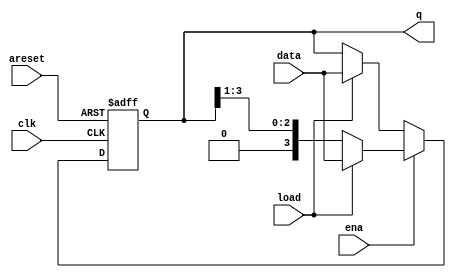
// https://hdlbits.01xz.net/wiki/Shift4
module top_module(
    input clk,
    input areset,  // async active-high reset to zero
    input load,
    input ena,
    input [3:0] data,
    output reg [3:0] q); 
    always@(posedge clk or posedge areset)begin
        if(areset) q <= 0;
        else if (ena)begin
            if(load) q <= data;
            else q <= {1'b0,q[3:1]};
        end else if(load) begin
            q <= data;
        end else q <= q; 
    end
endmodule